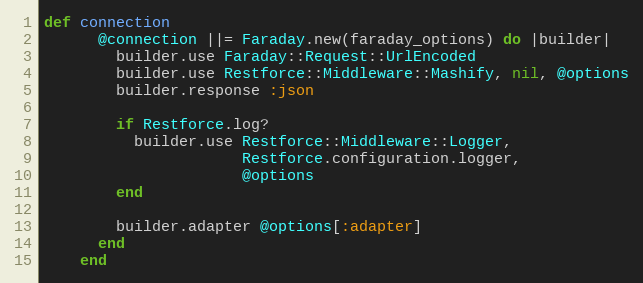
Language: Ruby
def connection
      @connection ||= Faraday.new(faraday_options) do |builder|
        builder.use Faraday::Request::UrlEncoded
        builder.use Restforce::Middleware::Mashify, nil, @options
        builder.response :json

        if Restforce.log?
          builder.use Restforce::Middleware::Logger,
                      Restforce.configuration.logger,
                      @options
        end

        builder.adapter @options[:adapter]
      end
    end